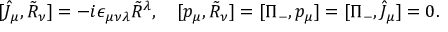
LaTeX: [ \widehat { J } _ { \mu } , \tilde { \cal R } _ { \nu } ] = - i \epsilon _ { \mu \nu \lambda } \tilde { \cal R } { } ^ { \lambda } , \quad [ p _ { \mu } , \tilde { \cal R } _ { \nu } ] = [ \Pi _ { - } , p _ { \mu } ] = [ \Pi _ { - } , \widehat { J } _ { \mu } ] = 0 .